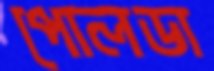
পোলডা